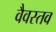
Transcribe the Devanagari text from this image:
वैवस्तव